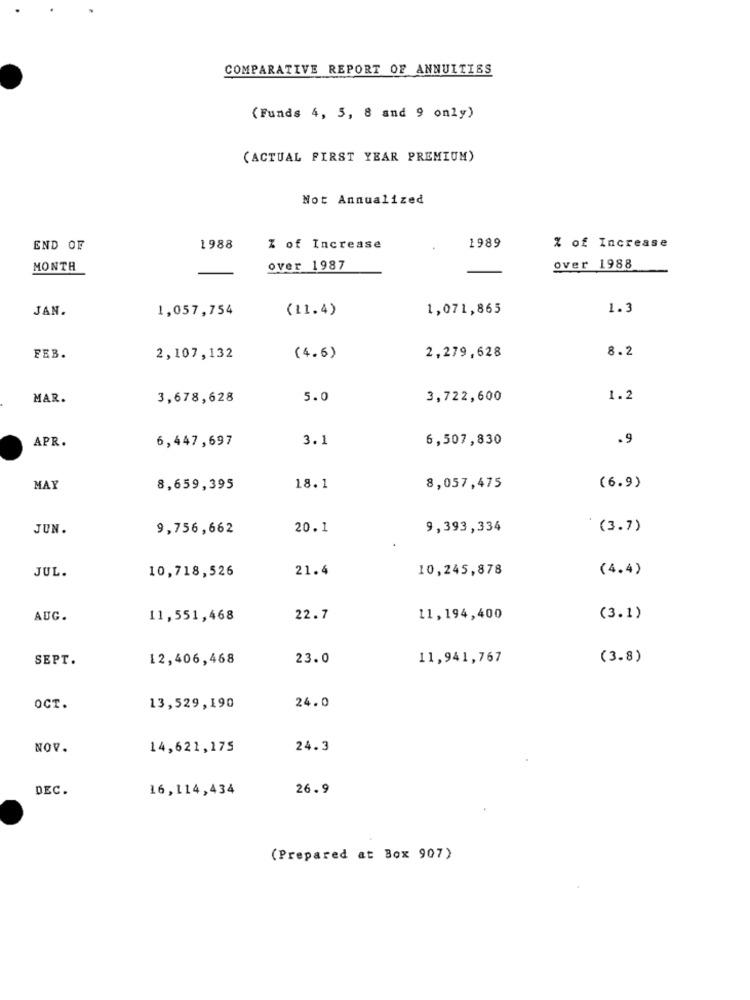
COMPARATIVE REPORT OF ANNUITIES
(Funds 4, 5, 8 and 9 only)
(ACTUAL FIRST YEAR PREMIUM)
Not Annualized
END OF
1988
Z of Increase
1989
% of Increase
MONTH
over 1987
over 1988
JAN.
1,057,754
(11.4)
1,071,865
1.3
8.2
FEB.
2,107,132
(4.6)
2,279,628
MAR.
3,678,628
5.0
3,722,600
1.2
APR.
3.1
6,507,830
.9
6,447,697
MAY
8,659,395
18.1
8,057,475
(6.9)
JUN.
9,756,662
20.1
9,393,334
(3.7)
JUL.
21.4
10,245,878
(4.4)
10,718,526
AUG.
11,551,468
22.7
11,194,400
(3.1)
SEPT.
12,406,468
23.0
11,941,767
(3.8)
OCT.
13,529,190
24.0
NOV.
14,621,175
24.3
DEC.
16,114,434
26.9
(Prepared at Box 907)